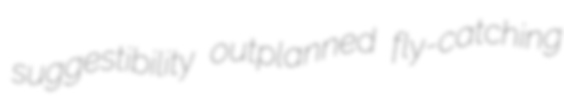
suggestibility outplanned fly-catching